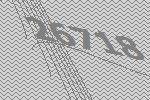
26718